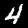
Label: 4